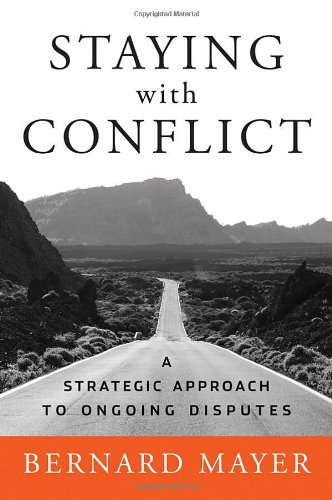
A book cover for Staying with Conflict: A Strategic Approach to Ongoing Disputes; Bernard Mayer; Business & Money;